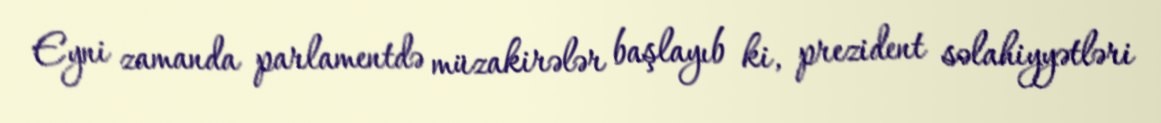
Eyni zamanda parlamentdə müzakirələr başlayıb ki, prezident səlahiyyətləri